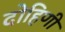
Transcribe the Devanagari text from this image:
दोहिणी